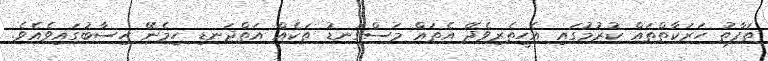
ތަފާތު ހަރަކާތްތައް ކުރުމުގައި އެހީތެރިވެދޭ އެތައް މަސްގަނޑު ތަކެއް އަތްދަނޑި ހިމެނޭ ހިސާބުގައިވެއެވެ.